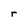
Character: r